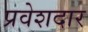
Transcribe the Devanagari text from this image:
प्रवेशदार